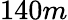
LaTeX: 140m